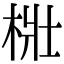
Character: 梉